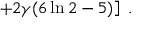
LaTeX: \left. + 2 \gamma ( 6 \ln 2 - 5 ) \right] ~ .